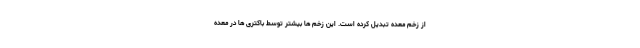
از زخم معده تبدیل کرده است. این زخم ها بیشتر توسط باکتری ها در معده